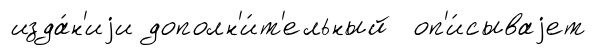
изда́н'иjи дополн'и́т'ельный оп'и́сываjет